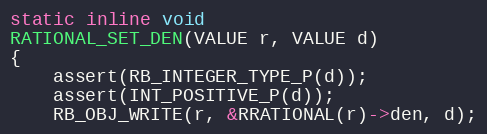
Language: C
static inline void
RATIONAL_SET_DEN(VALUE r, VALUE d)
{
    assert(RB_INTEGER_TYPE_P(d));
    assert(INT_POSITIVE_P(d));
    RB_OBJ_WRITE(r, &RRATIONAL(r)->den, d);